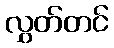
လွှတ်တင်